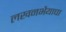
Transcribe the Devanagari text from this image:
लखनभैयाचा